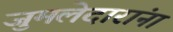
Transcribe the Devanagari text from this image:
जुमलेदारांना